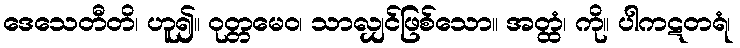
ဒေသေတီတိ၊ ဟူ၍။ ဝုတ္တမေဝ၊ သာလျှင်ဖြစ်သော။ အတ္ထံ၊ ကို။ ပါကဋတရံ၊